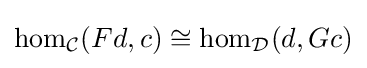
\mathrm {hom} _{\mathcal {C}}(Fd,c)\cong \mathrm {hom} _{\mathcal {D}}(d,Gc)